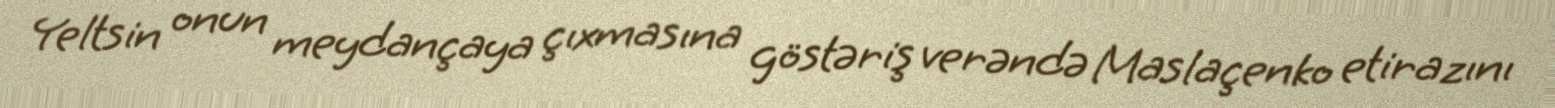
Yeltsin onun meydançaya çıxmasına göstəriş verəndə Maslaçenko etirazını